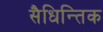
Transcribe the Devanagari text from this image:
सैधिन्तिक